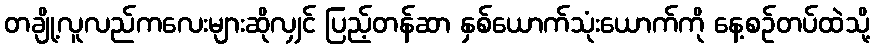
တချို့လူလည်ကလေးများဆိုလျှင် ပြည့်တန်ဆာ နှစ်ယောက်သုံးယောက်ကို နေ့စဉ်တပ်ထဲသို့